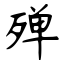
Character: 殚